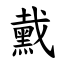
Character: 䵧